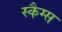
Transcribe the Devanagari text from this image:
स्कैग्स